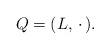
LaTeX: \begin{align*}Q=(L ,\,\cdot\,) .\end{align*}